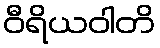
ဝီရိယဝါတိ